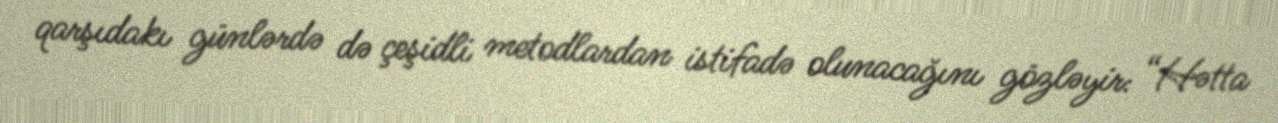
qarşıdakı günlərdə də çeşidli metodlardan istifadə olunacağını gözləyir: “Hətta